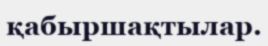
қабыршақтылар.